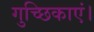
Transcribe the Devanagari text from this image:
गुच्छिकाएं।